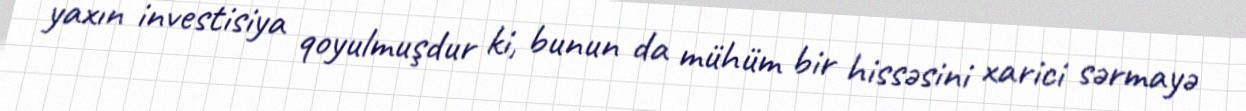
yaxın investisiya qoyulmuşdur ki, bunun da mühüm bir hissəsini xarici sərmayə